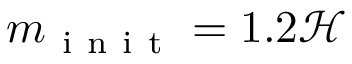
m _ { \mathrm { ~ i ~ n ~ i ~ t ~ } } = 1 . 2 \mathcal { H }